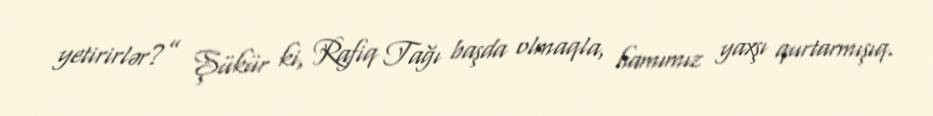
yetirirlər?” Şükür ki, Rafiq Tağı başda olmaqla, hamımız yaxşı qurtarmışıq.